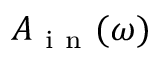
A _ { \mathrm { ~ i ~ n ~ } } ( \omega )